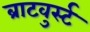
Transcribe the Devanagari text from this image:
ब्राटवुर्स्ट